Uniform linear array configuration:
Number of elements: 48
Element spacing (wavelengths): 0.5
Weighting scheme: hamming
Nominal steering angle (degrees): -30
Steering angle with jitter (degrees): -30.837
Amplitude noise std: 0.05
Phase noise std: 0.05

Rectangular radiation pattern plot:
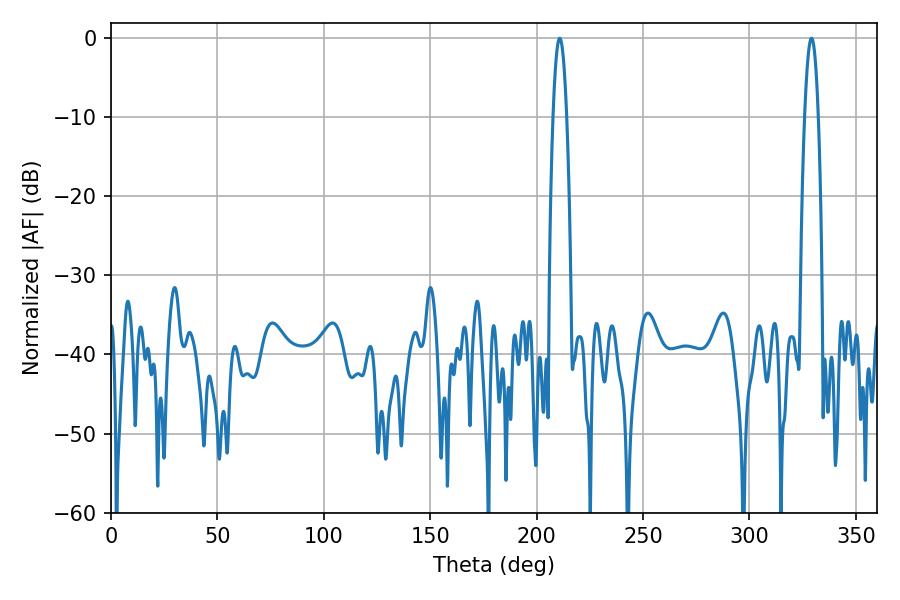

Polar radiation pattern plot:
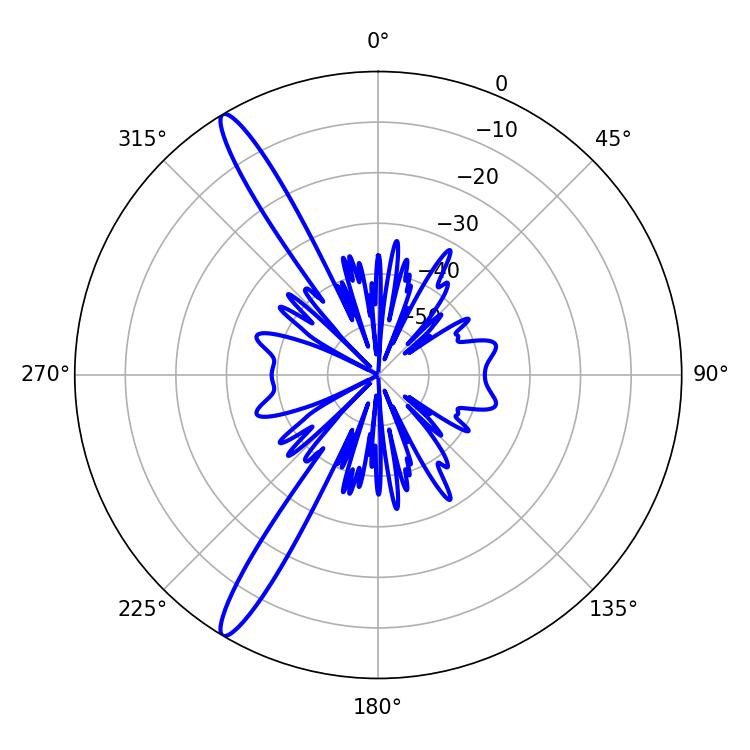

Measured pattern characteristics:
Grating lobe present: FALSE
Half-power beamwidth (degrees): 3.42
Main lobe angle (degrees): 210.78